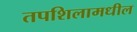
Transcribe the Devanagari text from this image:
तपशिलामधील